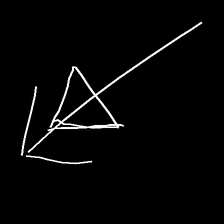
Glyph: pull